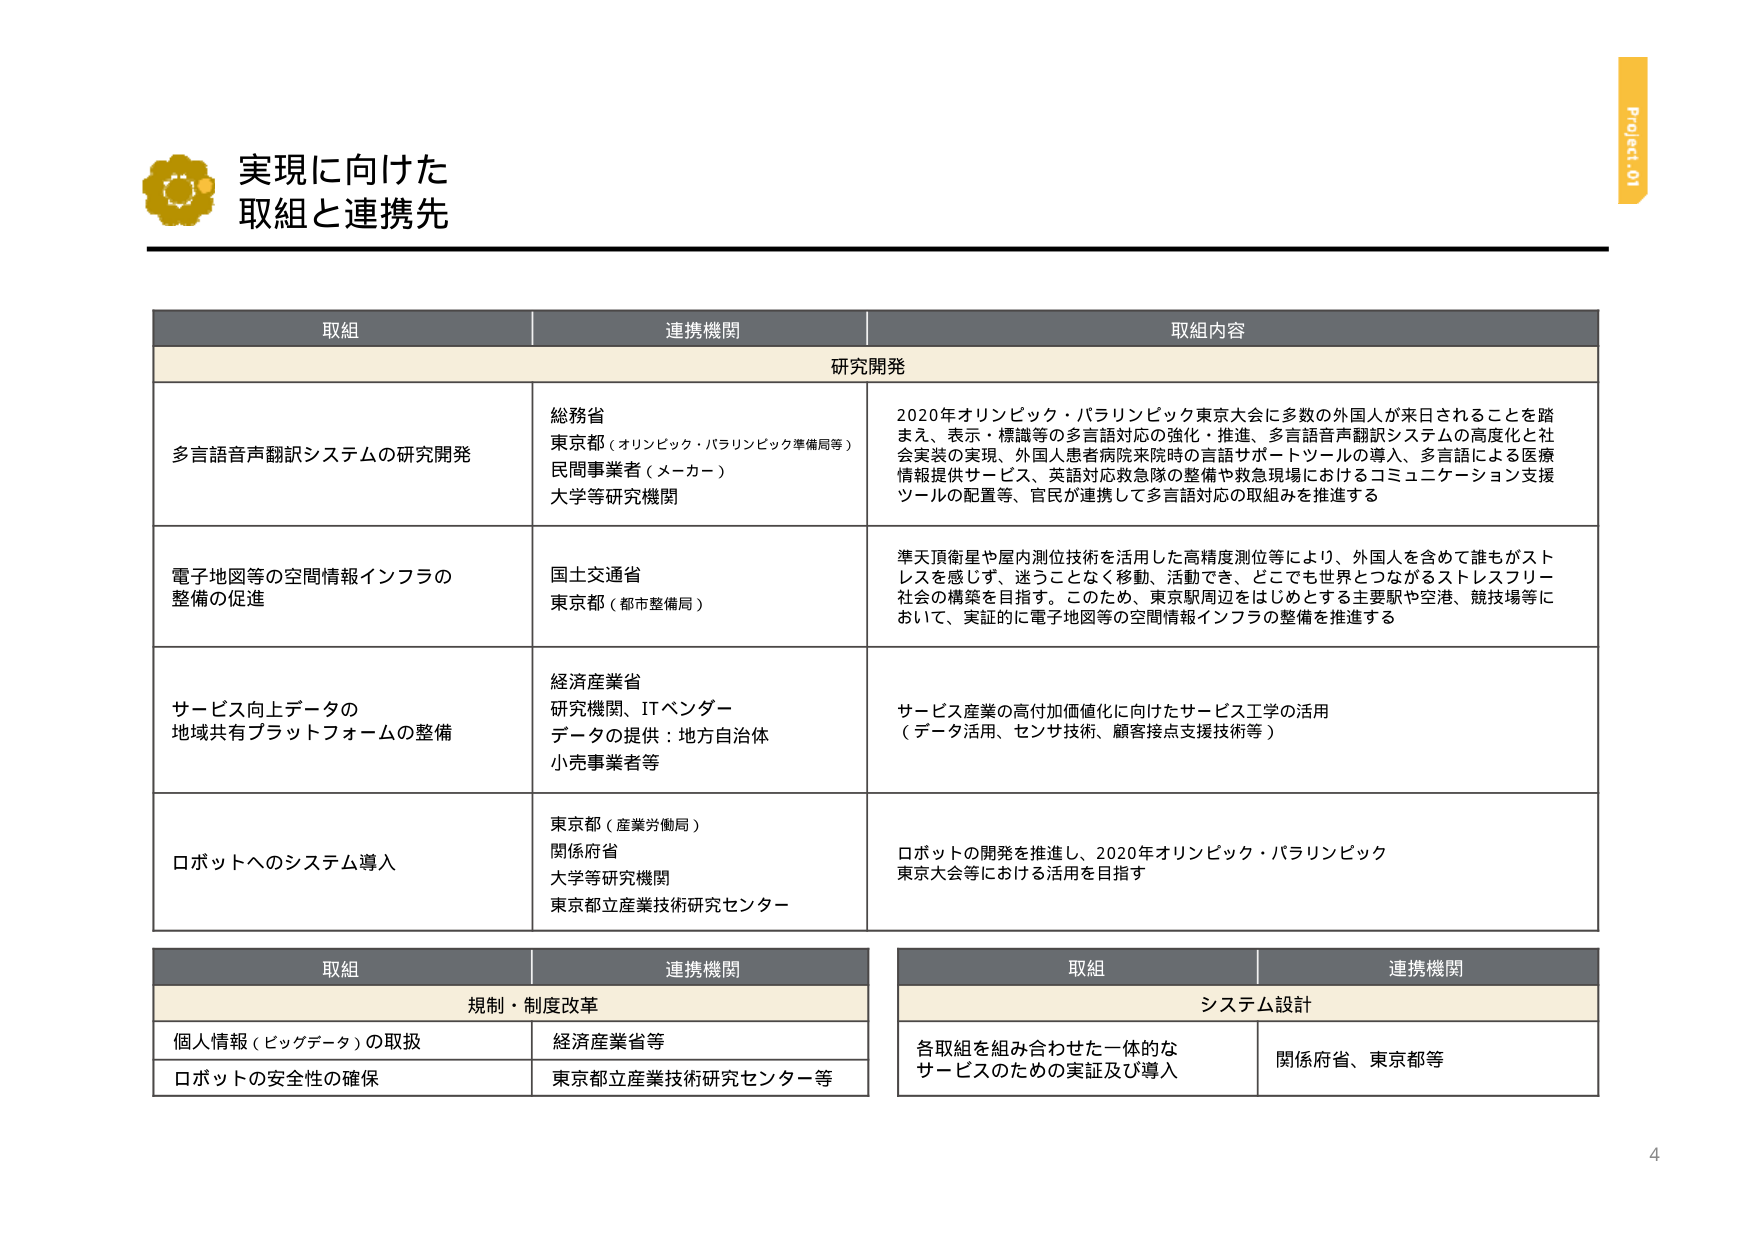
実現に向けた
取組と連携先

Project 01

取組　　　　　　　　　　　　　　　　　　　連携機関　　　　　　　　　　　　　　　　　　　取組内容

研究開発

多言語音声翻訳システムの研究開発
総務省
東京都（オリンピック・パラリンピック準備局等）
民間事業者（メーカー）
大学等研究機関
2020年オリンピック・パラリンピック東京大会に多数の外国人が来日されることを踏まえ、表示・標識等の多言語対応の強化・推進、多言語音声翻訳システムの高度化と社会実装の実現、外国人患者病院来院時の言語サポートツールの導入、多言語による医療情報提供サービス、英語対応救急隊の整備や救急現場におけるコミュニケーション支援ツールの配置等、官民が連携して多言語対応の取組みを推進する

電子地図等の空間情報インフラの整備の促進
国土交通省
東京都（都市整備局）
準天頂衛星や屋内測位技術を活用した高精度測位等により、外国人を含めて誰もがストレスを感じず、迷うことなく移動、活動でき、どこでも世界とつながるストレスフリー社会の構築を目指す。このため、東京駅周辺をはじめとする主要駅や空港、競技場等において、実証的に電子地図等の空間情報インフラの整備を推進する

サービス向上データの
地域共有プラットフォームの整備
経済産業省
研究機関、ITベンダー
データの提供：地方自治体
小売事業者等
サービス産業の高付加価値化に向けたサービス工学の活用
（データ活用、センサ技術、顧客接点支援技術等）

ロボットへのシステム導入
東京都（産業労働局）
関係府省
大学等研究機関
東京都立産業技術研究センター
ロボットの開発を推進し、2020年オリンピック・パラリンピック
東京大会等における活用を目指す

取組　　　　　　　　　　　　　　　　　　　連携機関

規制・制度改革

個人情報（ビッグデータ）の取扱
経済産業省等

ロボットの安全性の確保
東京都立産業技術研究センター等

取組　　　　　　　　　　　　　　　　　　　連携機関

システム設計

各取組を組み合わせた一体的な
サービスのための実証及び導入
関係府省、東京都等

4